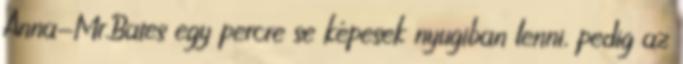
Anna-Mr.Bates egy percre se képesek nyugiban lenni, pedig az